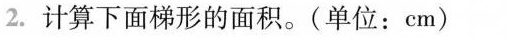
2.计算下面梯形的面积。(单位：cm)